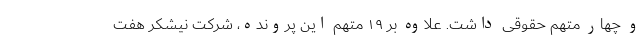
و چهار متهم حقوقی داشت. علاوه بر ۱۹ متهم این پرونده، شرکت نیشکر هفت